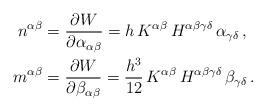
LaTeX: \begin{align*} n^{\alpha \beta} &= \frac{\partial W}{\partial \alpha_{\alpha \beta}} = h \, K^{\alpha \beta} \, H^{\alpha \beta \gamma \delta} \, \alpha_{\gamma \delta} \, , \\m^{\alpha \beta} &= \frac{\partial W}{\partial \beta_{\alpha \beta}} = \frac{h^3}{12} \, K^{\alpha \beta} \, H^{\alpha \beta \gamma \delta} \, \beta_{\gamma \delta} \, . \\\end{align*}